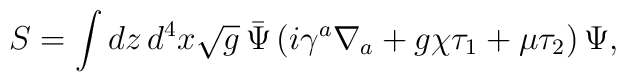
S = \int dz\,d^4x\sqrt{g}\, \bar\Psi \left( i  \gamma^a\nabla_a +  g\chi \tau_1 + \mu\tau_2\right)\Psi,